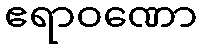
ဧရာဝဏော